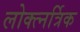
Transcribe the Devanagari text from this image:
लोक्त्नर्त्रिक